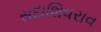
સદાશિવરાવ